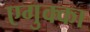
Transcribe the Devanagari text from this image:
एगुक्का